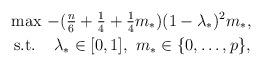
LaTeX: \begin{align*}&\max\,-(\tfrac{n}6+\tfrac14+\tfrac14m_*)(1-\lambda_*)^2m_*,\\&\,\,\textrm{s.t. }\,\,\,\,\lambda_*\in[0,1],\,\,m_*\in\{0,\ldots,p\},\end{align*}